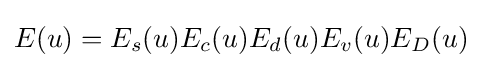
E(u)=E_{s}(u)E_{c}(u)E_{d}(u)E_{v}(u)E_{D}(u)